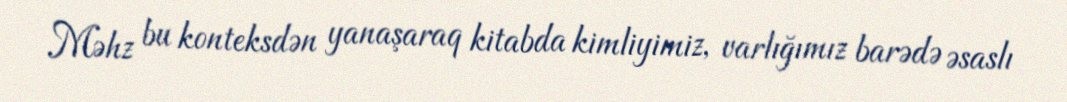
Məhz bu konteksdən yanaşaraq kitabda kimliyimiz, varlığımız barədə əsaslı